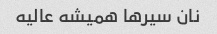
نان سیر‌ها همیشه عالیه